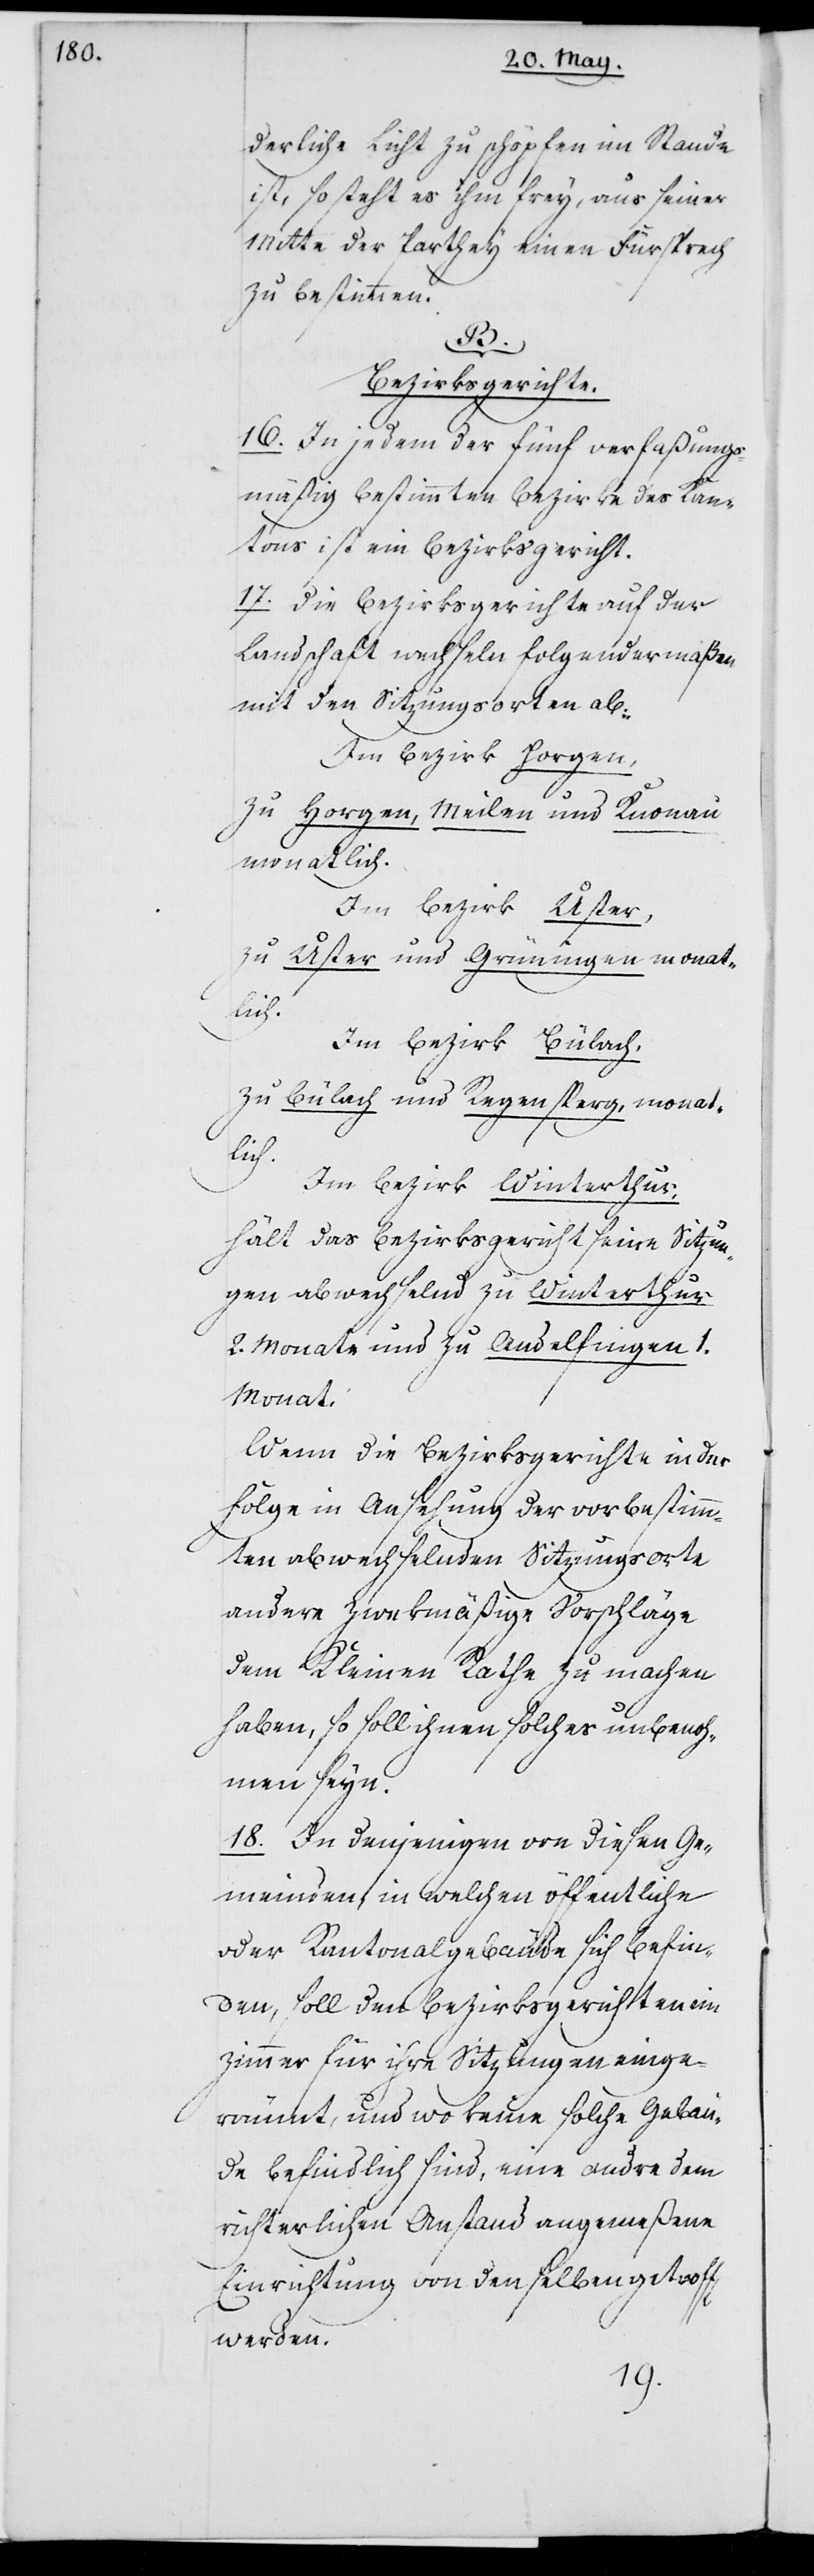
derliche Licht zu schöpfen imstande
ist, so steht es ihm frey, aus seiner
Mitte der Parthey einen Fürsprech
zu bestimmen.
B.
Bezirksgerichte.
16. In jedem der fünf verfaßungs¬
mäßig bestimmten Bezirke des Kan¬
tons ist ein Bezirksgericht.
17. Die Bezirksgerichte auf der
Landschaft wechseln folgendermaßen
mit den Sitzungsorten ab:
Im Bezirk Horgen,
zu Horgen, Meilen und Knonau
monatlich.
Im Bezirk Uster,
zu Uster und Grüningen monat¬
lich.
Im Bezirk Bülach,
zu Bülach und Regensperg, monat¬
lich.
Im Bezirk Winterthur:
hält das Bezirksgericht seine Sitzun¬
gen abwechselnd zu Winterthur
2. Monate und zu Andelfingen ein
Monat.
Wenn die Bezirksgerichte in der
Folge in Ansehung der vorbestimm¬
ten abwechselnden Sitzungsorte
andere zwekmäßige Vorschläge
dem Kleinen Rathe zu machen
haben, so soll ihnen solches unbenoh¬
men seyn.
18. In denjenigen von diesen Ge¬
meinden, in welchen öffentliche
oder Kantonalgebäude sich befin¬
den, soll den Bezirksgerichten ein
Zimmer für ihre Sitzungen einge¬
räumt, und wo keine solche Gebäu¬
de befindlich sind, eine andre dem
richterlichen Anstand angemeßene
Einrichtung von denselben getroffen
werden.